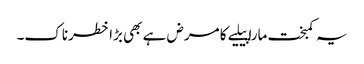
یہ کمبخت مارا پیلیے کا مرض ہے بھی بڑا خطرناک۔